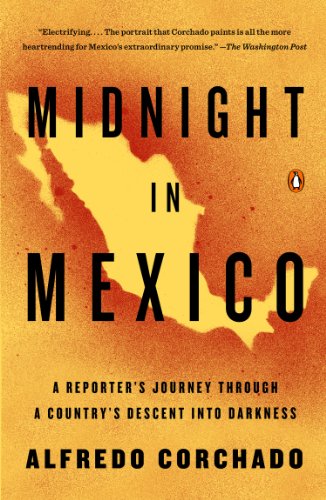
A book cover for Midnight in Mexico: A Reporter's Journey Through a Country's Descent into Darkness; Alfredo Corchado; Biographies & Memoirs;